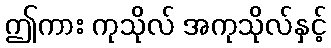
ဤကား ကုသိုလ် အကုသိုလ်နှင့်